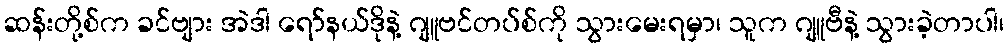
ဆန်းတို့စ်က ခင်ဗျား အဲဒါ ရော်နယ်ဒိုနဲ့ ဂျူဗင်တပ်စ်ကို သွားမေးရမှာ၊ သူက ဂျူဗီနဲ့ သွားခဲ့တာပါ၊